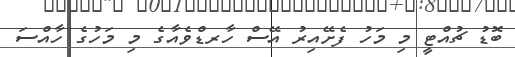
ބޮޑު ޗުއްޓީ މި މަހު ފެށޭއިރު އޭސް ހާރޑްވެއާގެ މި މަހުގެ ހާއްސަ